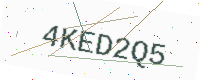
Text: 4KED2Q5